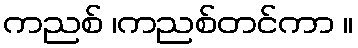
ကညစ် ၊ကညစ်တင်ကာ ။